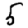
Digit: 5